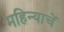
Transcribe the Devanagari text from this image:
महिन्याचें